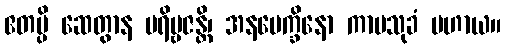
ဧတမ္ပိ ဆေတွာန ပရိဗ္ဗဇန္တိ၊ အနပေက္ခိနော ကာမသုခံ ပဟာယ။